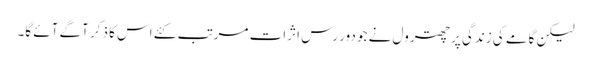
لیکن گامے کی زندگی پر چھترول نے جو دور رس اثرات مرتب کئے اس کا ذکر آگے آئے گا۔